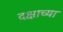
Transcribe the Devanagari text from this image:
दक्षाच्या